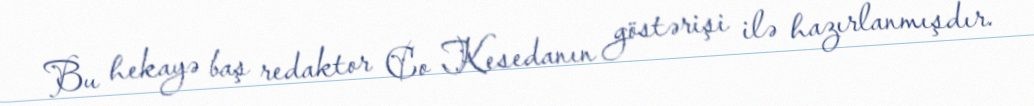
Bu hekayə baş redaktor Co Kesedanın göstərişi ilə hazırlanmışdır.